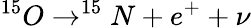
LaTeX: ^{15}O\rightarrow^{15}N+e^{+}+\nu